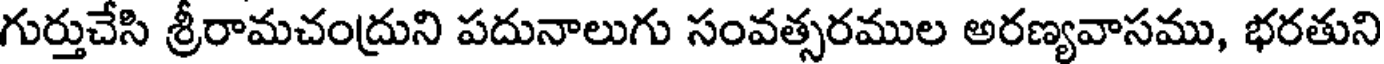
గుర్తుచేసి శ్రీరామచంద్రుని పదునాలుగు సంవత్సరముల అరణ్యవాసము, భరతుని